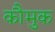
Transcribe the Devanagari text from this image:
कौमुक